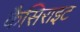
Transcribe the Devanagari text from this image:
कैसिराइट